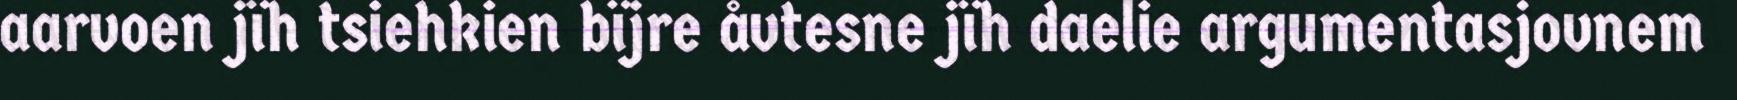
aarvoen jïh tsiehkien bïjre åvtesne jïh daelie argumentasjovnem